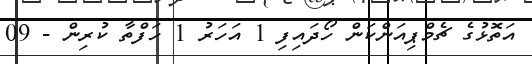
އަތޮޅުގެ ޗެމްޕިއަންކަން ހޯދައިފި 1 އަހަރު 1 ހަފްތާ ކުރިން - 09